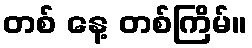
တစ် နေ့ တစ်ကြိမ်။